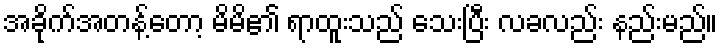
အခိုက်အတန့်တော့ မိမိ၏ ရာထူးသည် သေးပြီး လခလည်း နည်းမည်။